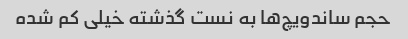
حجم ساندویچ‌ها به نست گذشته خیلی کم شده